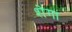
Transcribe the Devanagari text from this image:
शेगा